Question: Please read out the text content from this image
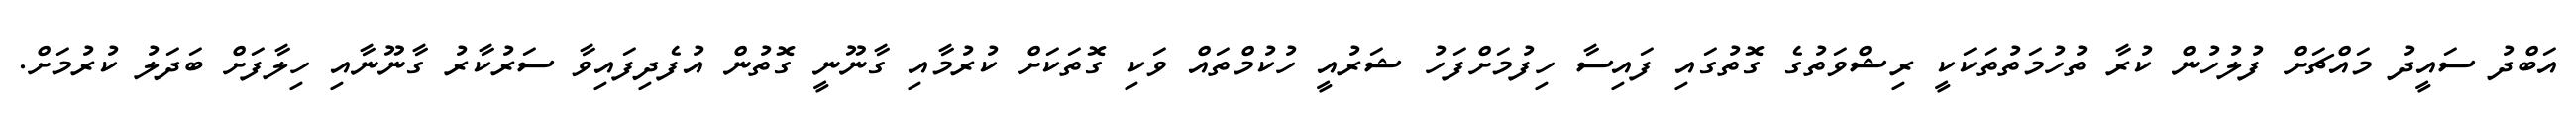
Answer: އަބްދު ސައީދު މައްޗަށް ފުލުހުން ކުރާ ތުހުމަތުތަކަކީ ރިޝްވަތުގެ ގޮތުގައި ފައިސާ ހިފުމަށްފަހު ޝަރުއީ ހުކުމްތައް ވަކި ގޮތަކަށް ކުރުމާއި ގާނޫނީ ގޮތުން އުފެދިފައިވާ ސަރުކާރު ގާނޫނާއި ހިލާފަށް ބަދަލު ކުރުމަށް.